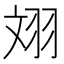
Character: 𦐑